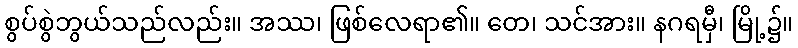
စွပ်စွဲဘွယ်သည်လည်း။ အဿ၊ ဖြစ်လေရာ၏။ တေ၊ သင်အား။ နဂရမှီ၊ မြို့၌။